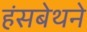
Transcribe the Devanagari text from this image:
हंसबेथने